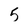
Character: 5